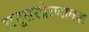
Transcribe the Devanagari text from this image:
अनुसरप्रेरणावश